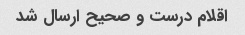
اقلام درست و صحیح ارسال شد